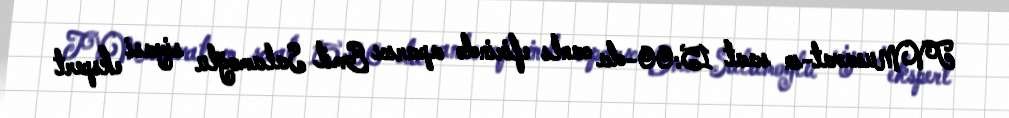
TVMusavat-ın saat 15:00-da canlı efirində aparıcı Emil Salamoğlu siyasi ekspert